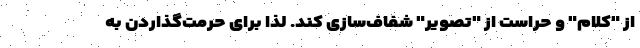
از "کلام" و حراست از "تصویر" شفاف‌سازی کند. لذا برای حرمت‌گذاردن به